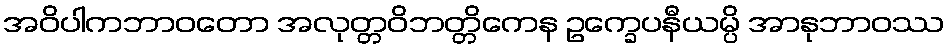
အဝိပါကဘာဝတော အလုတ္တဝိဘတ္တိကေန ဥက္ခေပနီယမ္ပိ အာနုဘာဝဿ